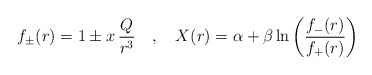
\begin{align*} f_{\pm}(r) = 1 \pm x\, \frac{Q}{r^3} ~~~,~~~ X(r) = \alpha + \beta \ln \left(\frac{f_{-}(r)}{f_{+}(r)} \right)\end{align*}